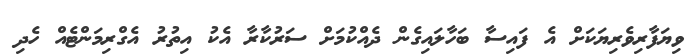
ވިޔަފާރިވެރިޔަކަށް އެ ފައިސާ ބަހާލައިގެން ދެއްކުމަށް ސަރުކާރާ އެކު އިތުރު އެގްރިމަންޓެއް ހެދި